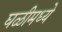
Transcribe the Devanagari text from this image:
घळीमध्ये